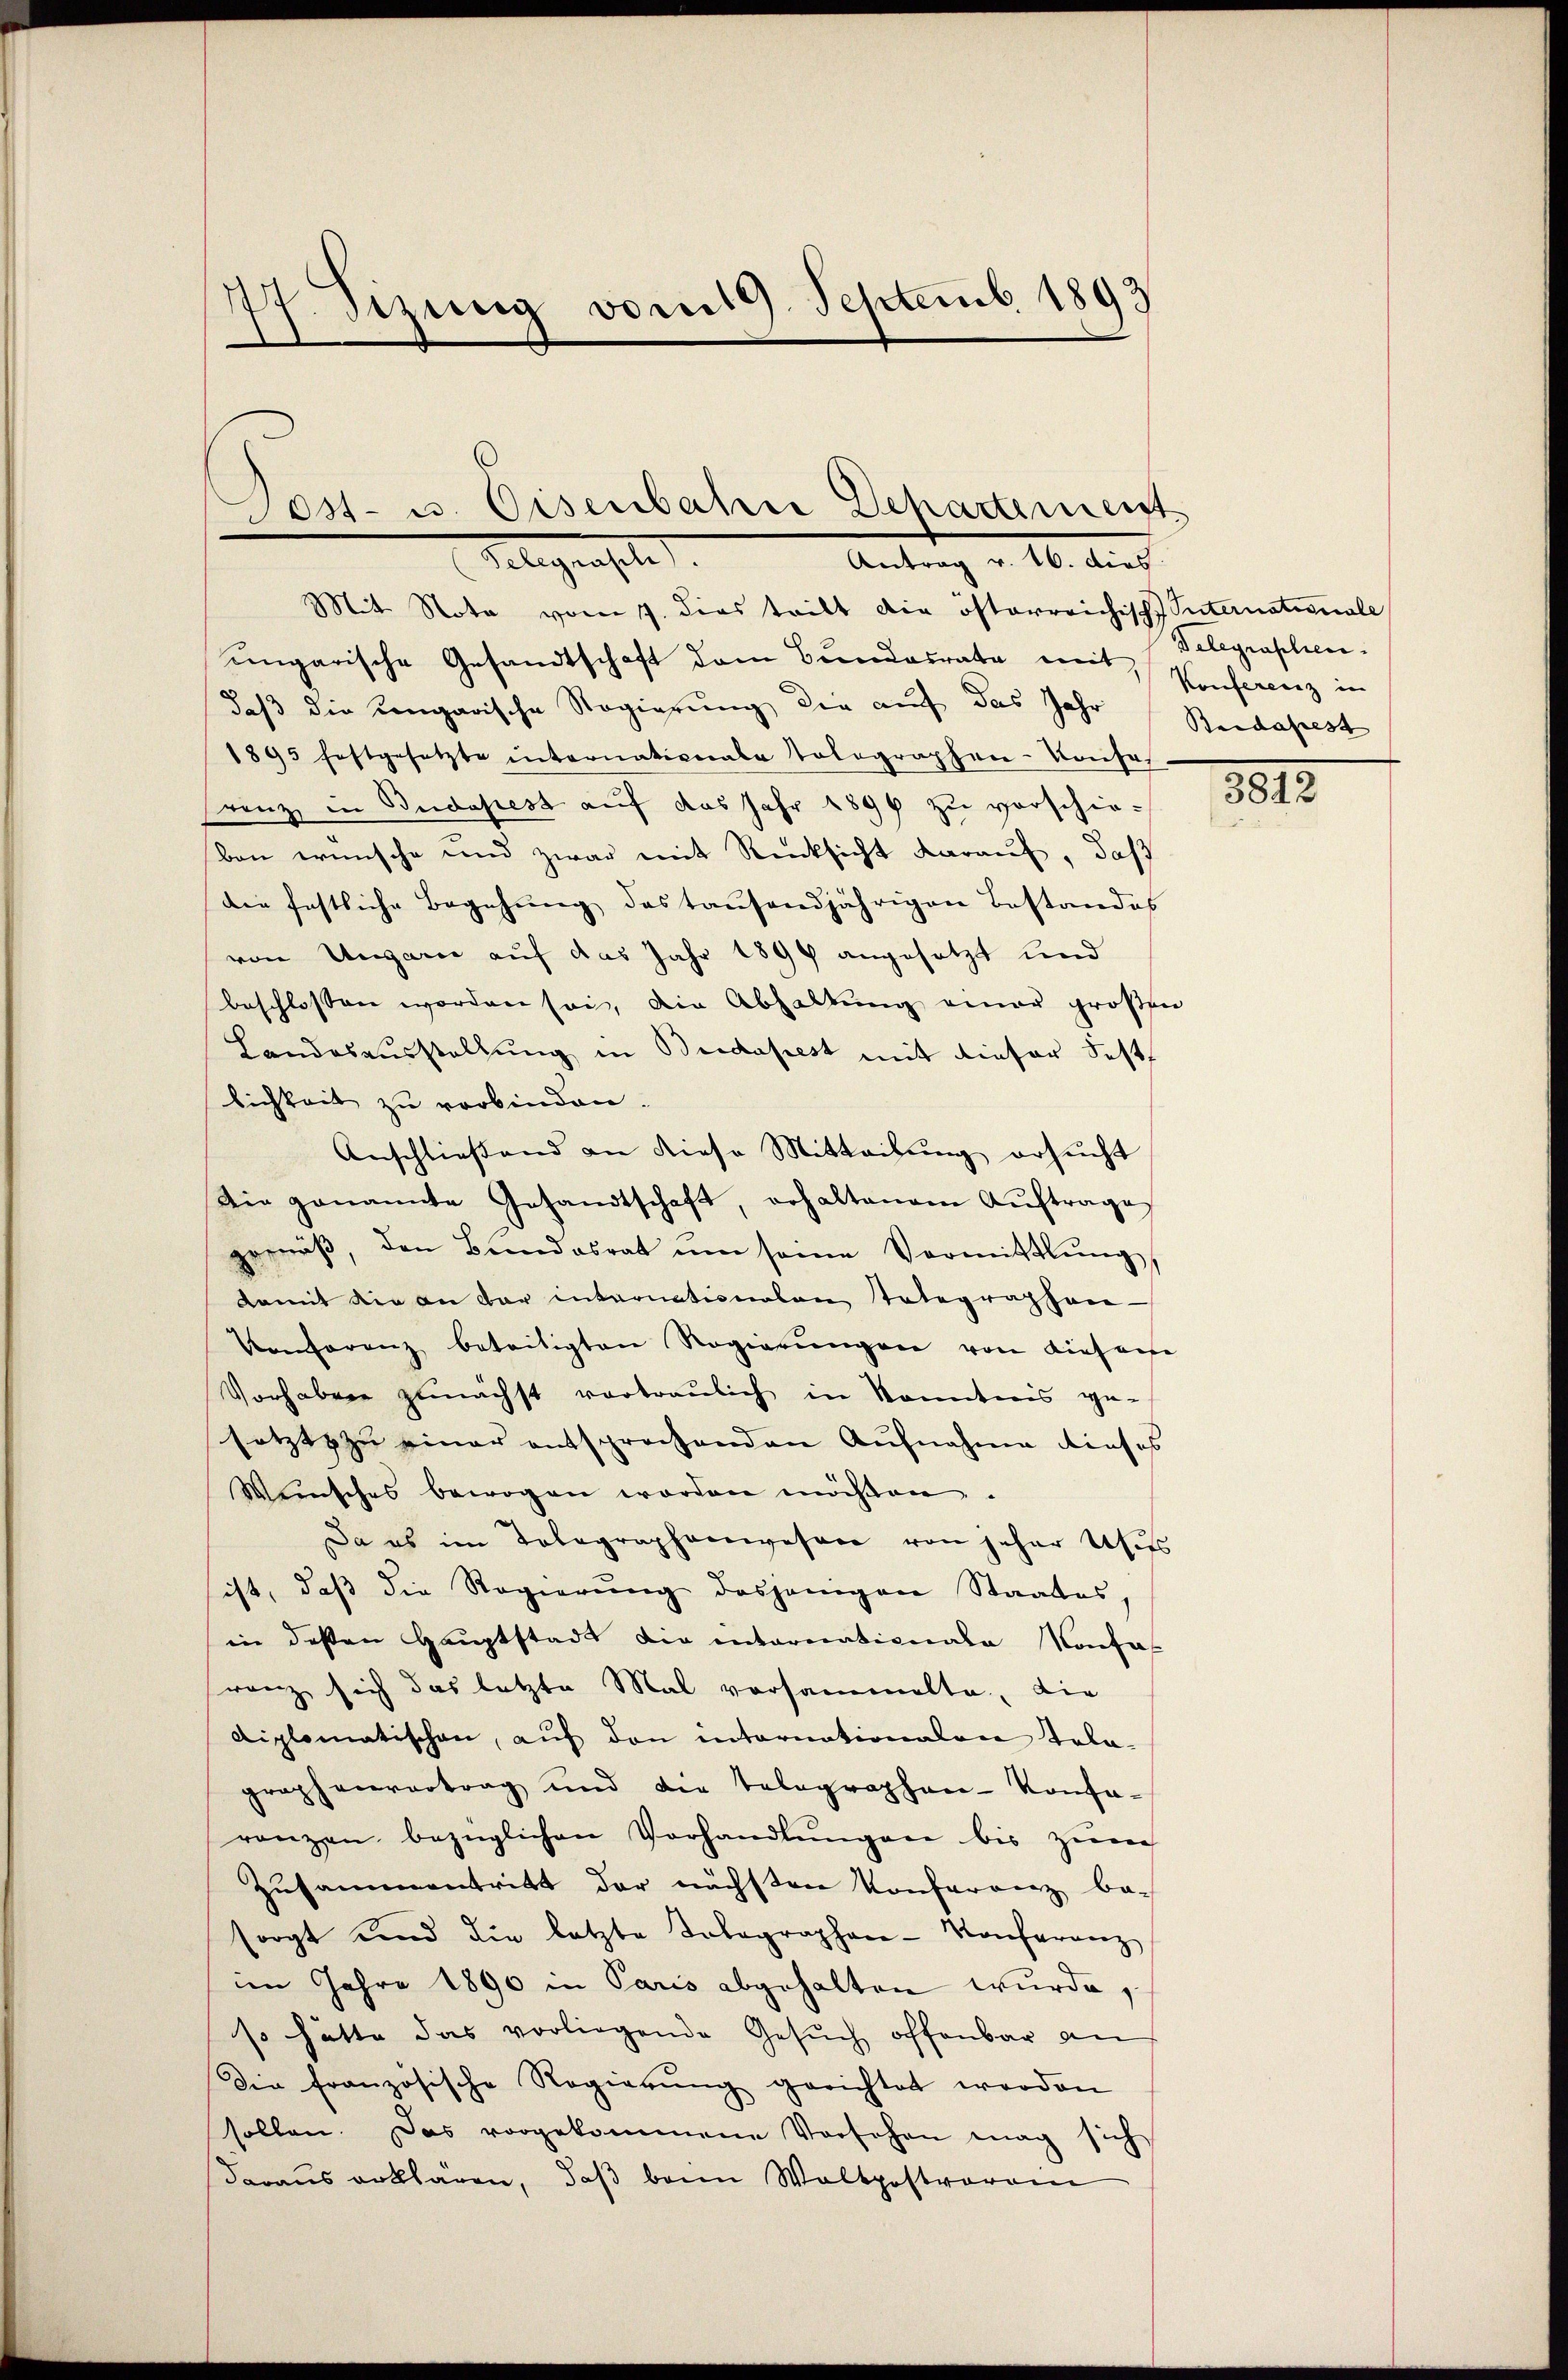
77. Sizung vom 19. Septemb. 1893

Post- u. Eisenbahre Departement
Gelegenste
Antrag d. 16. Auf

Mit Nota vom 17. dies tritt die österreichisch Suternationale
ungarische Gesandtschaft dem Bundesrate mit Konferenz in
daß die ungarische Regierung die auf das Jahr Bedapest
1895 festgesetzte internationale Tolographen-Konse
Franz in Budapest auf das Jahr 1899 zu verschie-
ben wünsche und zwar mit Rücksicht darauf, daß
die festliche Begehŭng des tausendjährigen Bestandes
von Ungarie auf das Jahr 1899 angesetzt und
beschlossen worden sei, die Abhaltung einer großen
Landesausstellung in Bridapest mit dieser Fests
lichkeit zu verbinden.
Anschließend an diese Mitteilung ersucht
Die genannte Gesandtschaft, erhaltenem Aŭftrage,
gegäβ, den Bundesrat ŭm seine Vermittlung,
damit die an der internationalen Totegraphen-
Vonferenz beseitigten Regierŭngen von Liefere
Vorhaben zunächst vortraulich in Kenntnis ge-
setzt zu einer entsprochenden Aufnahme dieses
Weinsches bewogen worden möchten
Da es im Tolographenwesene von jeher Usus
ist, daß die Regierung desjenigen Staates,
in deßen Hauptstadt die internationale Konfas
ranz sich das letzte Mal versammelte, die
diplomatischen, aŭf den internationalen Tola-
graphenvertrag und die Telegraphen-Konse-
ranzen bezüglichen Vorhandlungen bis zur
Zusammentritt der nächsten Konferenz be-
sorgt und die letzte Tobagraphen-Konferenz
im Jahre 1890 in Paris abgehalten wurde,
so hätte das vorliegende Gesŭch offenbar an
Die französische Regierŭng gerichtet werden
sollen. Das vorgekommene Vorsehen mag sich
daraus erklären, daß beim Walkpostverei

Telegraphen.

5012